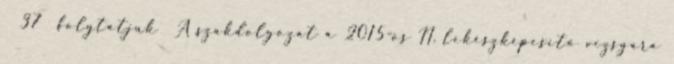
37 folytatjuk A szakdolgozat a 2015-ös II. lekészképesítő vizsgára